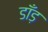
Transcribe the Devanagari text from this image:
डाँड़